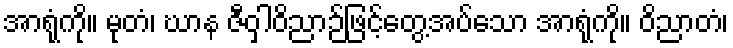
အာရုံကို။ မုတံ၊ ဃာန ဇီဝှါဝိညာဉ်ဖြင့်တွေ့အပ်သော အာရုံကို။ ဝိညာတံ၊